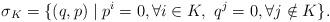
LaTeX: \begin{align*}\sigma_K = \{ (q, p) \mid p^i = 0, \forall i \in K, \ q^j = 0, \forall j \notin K \}.\end{align*}